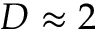
D \approx 2